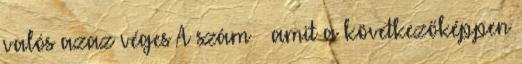
valós azaz véges A szám – amit a következőképpen